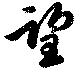
望